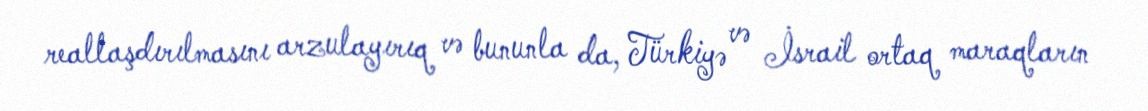
reallaşdırılmasını arzulayırıq və bununla da, Türkiyə və İsrail ortaq maraqların